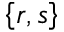
\left\lbrace r , s \right\rbrace